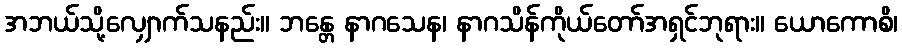
အဘယ်သို့လျှောက်သနည်း။ ဘန္တေ နာဂသေန၊ နာဂသိန်ကိုယ်တော်အရှင်ဘုရား။ ယောကောစိ၊